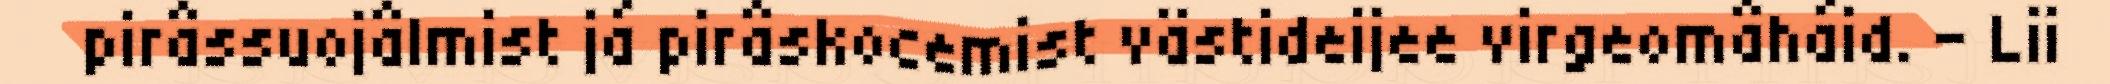
pirâssuojâlmist já pirâskocemist västideijee virgeomâháid. – Lii